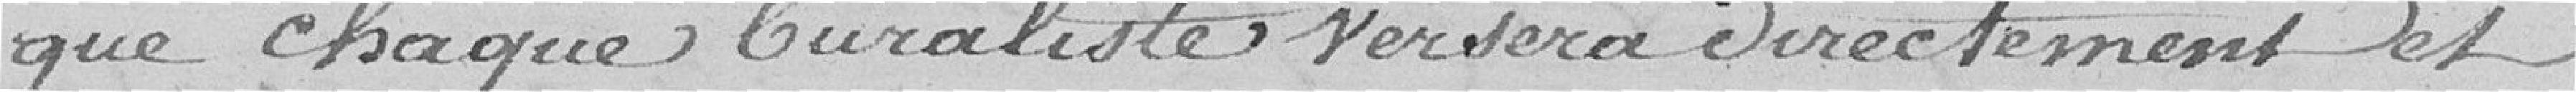
que chaque buraliste versera directement et